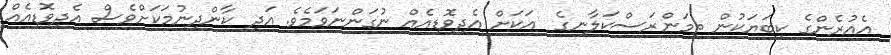
އެއުރެންގެ ކިބަޔަކުން ތިމަންރަސްކަލާނގެ  އަކަށް އެދިވޮޑިއެއް ނުގަންނަވަމެވެ. އަދި ކާންދިނުމަކަށްވެސް އެދިވޮޑިއެއް